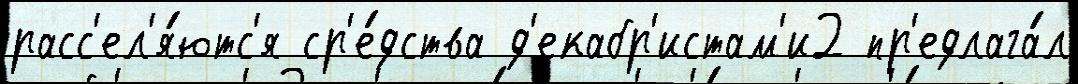
расс'ел'я́ютс'я ср'е́дства д'екабр'истам'и2 пр'едлага́л